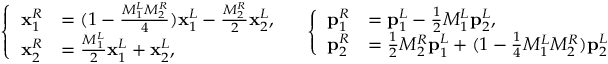
\left\{ \begin{array} { l l } { \mathbf { x } _ { 1 } ^ { R } } & { = ( 1 - \frac { M _ { 1 } ^ { L } M _ { 2 } ^ { R } } { 4 } ) \mathbf { x } _ { 1 } ^ { L } - \frac { M _ { 2 } ^ { R } } { 2 } \mathbf { x } _ { 2 } ^ { L } , } \\ { \mathbf { x } _ { 2 } ^ { R } } & { = \frac { M _ { 1 } ^ { L } } { 2 } \mathbf { x } _ { 1 } ^ { L } + \mathbf { x } _ { 2 } ^ { L } , } \end{array} \right. \quad \left\{ \begin{array} { l l } { \mathbf { p } _ { 1 } ^ { R } } & { = \mathbf { p } _ { 1 } ^ { L } - \frac 1 2 M _ { 1 } ^ { L } \mathbf { p } _ { 2 } ^ { L } , } \\ { \mathbf { p } _ { 2 } ^ { R } } & { = \frac 1 2 M _ { 2 } ^ { R } \mathbf { p } _ { 1 } ^ { L } + ( 1 - \frac { 1 } { 4 } M _ { 1 } ^ { L } M _ { 2 } ^ { R } ) \mathbf { p } _ { 2 } ^ { L } } \end{array} \right.